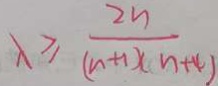
\lambda \geq \frac { 2 n } { ( n + 1 ) ( n + 4 ) }